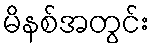
မိနစ်အတွင်း